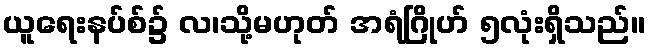
ယူရေးနပ်စ်၌ လ၊သို့မဟုတ် အရံဂြိုဟ် ၅လုံးရှိသည်။